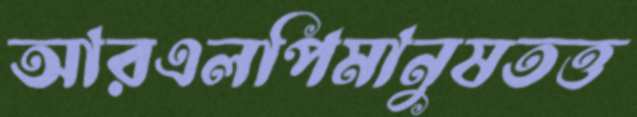
আরএলপিমানুষতত্ত